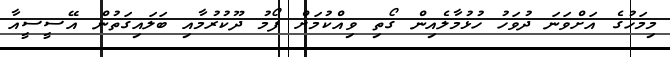
މިމަހުގެ އަށްވަނަ ދުވަހު ހުޅުމާލެއިން ގޯތި ވިއްކުމަށް ފޯމު ދޫކުރުމާއި ބަލައިގަތުން އޭސީސީއާ